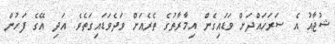
ޝުޖާއު އެ ސަރަހައްދަށް ވަޑައިގެން އިމާރާތުގެ ތެރެއަށް ވަދެވަޑައިގަތެވެ. އަދި އޭގެ ފަހުން